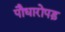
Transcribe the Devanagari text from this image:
पौधारोपड़